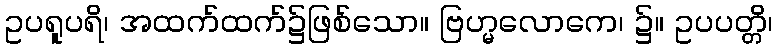
ဥပရူပရိ၊ အထက်ထက်၌ဖြစ်သော။ ဗြဟ္မလောကေ၊ ၌။ ဥပပတ္တိ၊